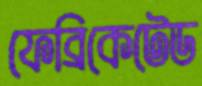
ফেব্রিকেটেড